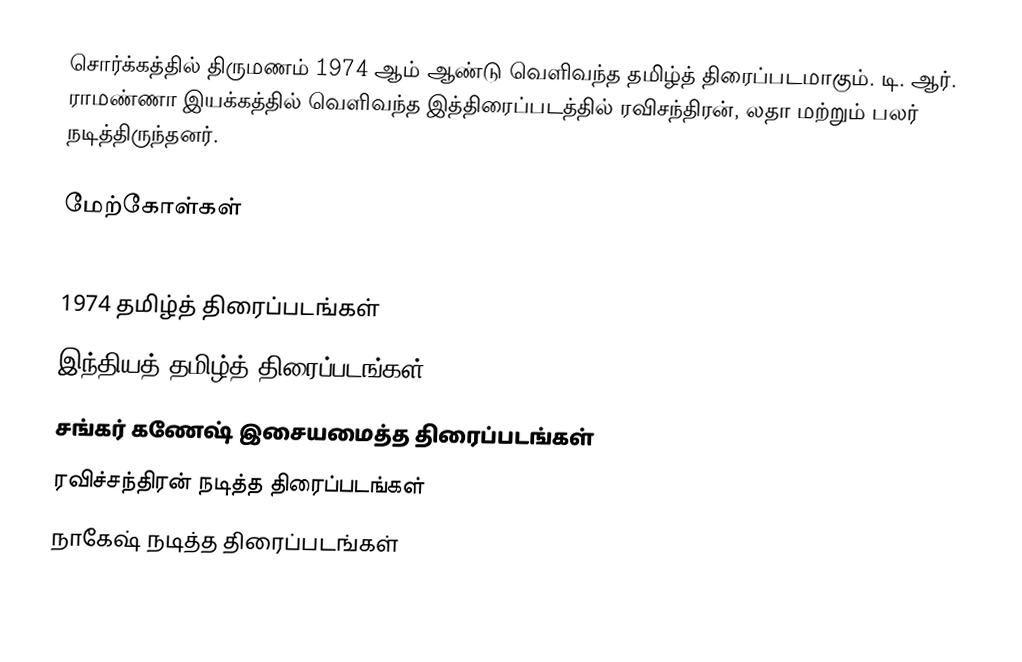
சொர்க்கத்தில் திருமணம் 1974 ஆம் ஆண்டு வெளிவந்த தமிழ்த் திரைப்படமாகும். டி. ஆர். ராமண்ணா இயக்கத்தில் வெளிவந்த இத்திரைப்படத்தில் ரவிசந்திரன், லதா மற்றும் பலர் நடித்திருந்தனர்.

மேற்கோள்கள்

1974 தமிழ்த் திரைப்படங்கள்
இந்தியத் தமிழ்த் திரைப்படங்கள்
சங்கர் கணேஷ் இசையமைத்த திரைப்படங்கள்
ரவிச்சந்திரன் நடித்த திரைப்படங்கள்
நாகேஷ் நடித்த திரைப்படங்கள்